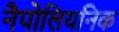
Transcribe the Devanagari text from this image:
नैपोलियनिक